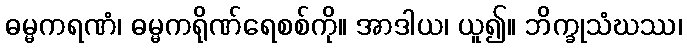
ဓမ္မကရဏံ၊ ဓမ္မကရိုဏ်ရေစစ်ကို။ အာဒါယ၊ ယူ၍။ ဘိက္ခုသံဃဿ၊